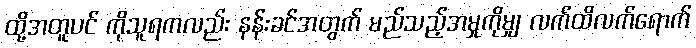
ထို့အတူပင် ကိုသူရကလည်း နန်းခင်အတွက် မည်သည့်အမှုကိုမျှ လက်ထိလက်ရောက်